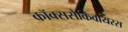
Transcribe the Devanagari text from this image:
कॉक्ससैकिवायरस